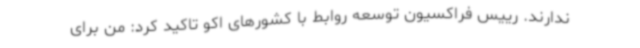
ندارند. رییس فراکسیون توسعه روابط با کشورهای اکو تاکید کرد: من برای